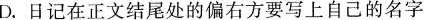
D.日记在正文结尾处的偏右方要写上自己的名字